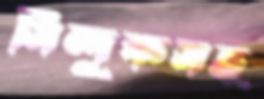
সিন্দুকসহ